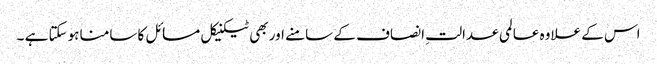
اس کے علاوہ عالمی عدالتِ انصاف کے سامنے اور بھی ٹیکنیکل مسائل کا سامنا ہوسکتا ہے ۔